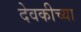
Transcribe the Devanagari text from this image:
देवकीच्या